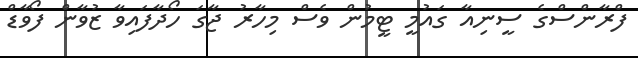
ފްރާންސްގެ ސީނިއާ ގައުމީ ޓީމުން ވެސް މިހާރު ޖާގަ ހޯދާފައިވާ ޒުވާން ފޯވާޑް